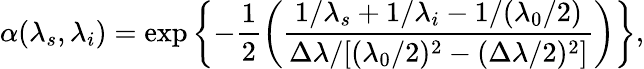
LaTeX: \alpha(\lambda_{s},\lambda_{i})=\exp\left\{ -\frac{1}{2}\left(\frac{{1/\lambda_{s}+1/\lambda_{i}-1/(\lambda_{0}/2)}}{{\Delta\lambda/[(\lambda_{0}/2)^{2}-(\Delta\lambda/2)^{2}]}}\right)\right\} ,